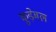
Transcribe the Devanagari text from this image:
कूड़ेमल